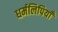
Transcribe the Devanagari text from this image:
धर्मलिपियाँ